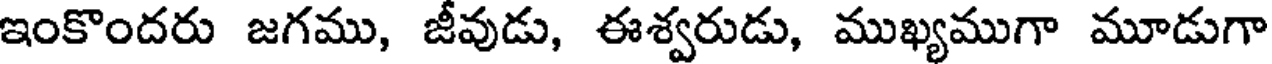
ఇంకొందరు జగము, జీవుడు, ఈశ్వరుడు, ముఖ్యముగా మూడుగా